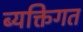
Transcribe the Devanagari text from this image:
ब्यक्तिगत